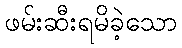
ဖမ်းဆီးရမိခဲ့သော